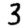
Digit: 3